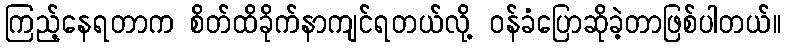
ကြည့်နေရတာက စိတ်ထိခိုက်နာကျင်ရတယ်လို့ ဝန်ခံပြောဆိုခဲ့တာဖြစ်ပါတယ်။